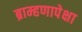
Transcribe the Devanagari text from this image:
ब्राम्हणापेक्षा